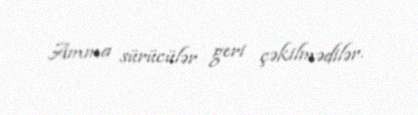
Amma sürücülər geri çəkilmədilər.